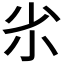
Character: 𡭝